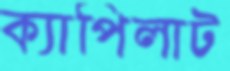
ক্যাপিলাট